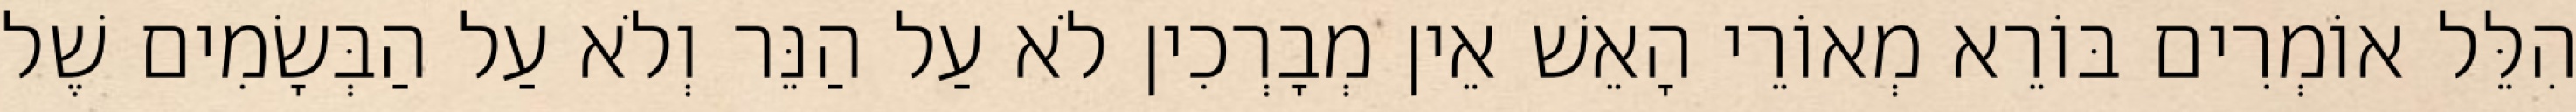
הִלֵּל אוֹמְרִים בּוֹרֵא מְאוֹרֵי הָאֵשׁ אֵין מְבָרְכִין לֹא עַל הַנֵּר וְלֹא עַל הַבְּשָׂמִים שֶׁל